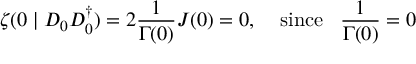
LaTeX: \zeta ( 0 \mid D _ { 0 } D _ { 0 } ^ { \dagger } ) = 2 \frac { 1 } { \Gamma ( 0 ) } J ( 0 ) = 0 , \; \; \; \; \mathrm { s i n c e } \; \; \; \frac { 1 } { \Gamma ( 0 ) } = 0